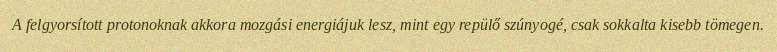
A felgyorsított protonoknak akkora mozgási energiájuk lesz, mint egy repülő szúnyogé, csak sokkalta kisebb tömegen.